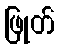
ဖြုတ်